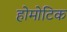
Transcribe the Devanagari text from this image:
होमोटिक